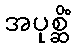
အပုစ္ဆိံ